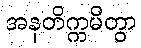
အနတိက္ကမိတွာ